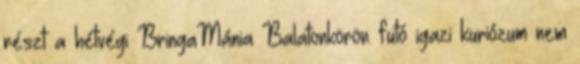
részt a hétvégi BringaMánia Balatonkörön. futó igazi kuriózum nem